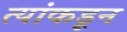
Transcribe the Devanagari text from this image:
त्यांकडून